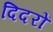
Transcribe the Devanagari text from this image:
दिदरों